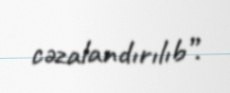
cəzalandırılıb”.